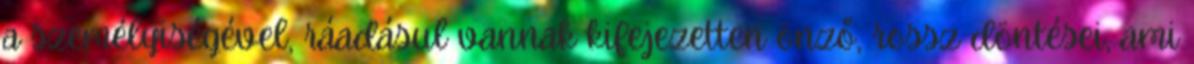
a személyiségével, ráadásul vannak kifejezetten önző, rossz döntései, ami